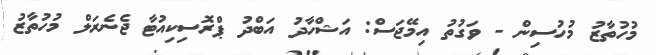
މުހުތާޒު މުހުސިން - ވަގުތު އިމޭޖަސް: އަޝްހާދު އަބްދު ޕްރޮސިކިއުޓާ ޖެނެރަލް މުހުތާޒު